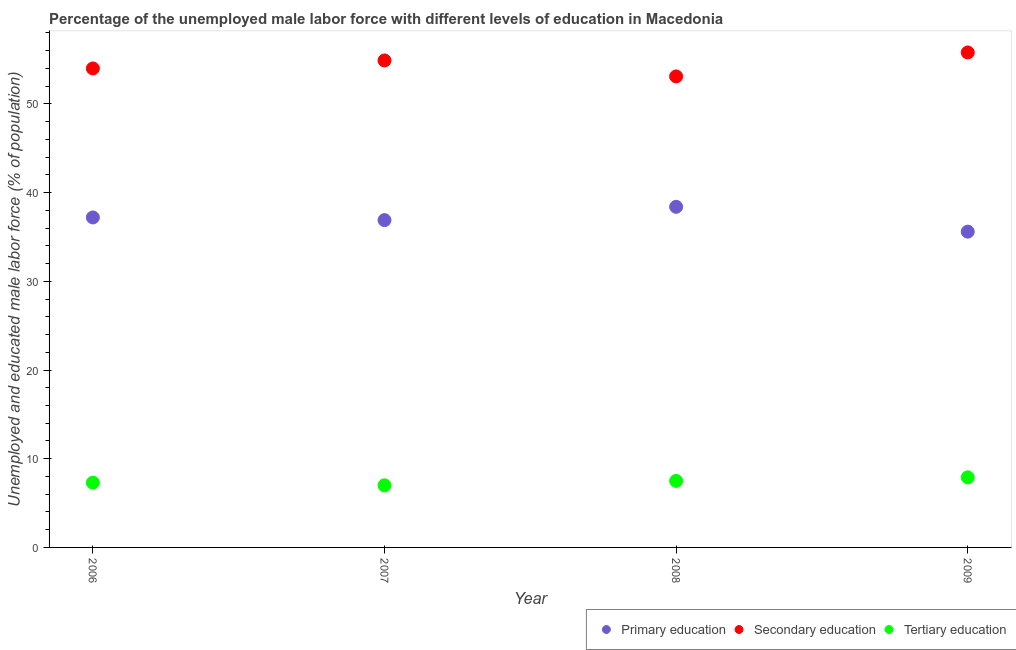
| Year | Primary education | Secondary education | Tertiary education |
 | --- | --- | --- | --- |
 | 2006 | 37.2 | 54 | 7.3 |
 | 2007 | 36.9 | 54.9 | 7 |
 | 2008 | 38.4 | 53.1 | 7.5 |
 | 2009 | 35.6 | 55.8 | 7.9 |